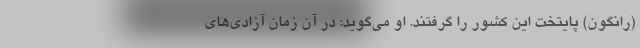
(رانگون) پایتخت این کشور را گرفتند. او می‌گوید: در آن زمان آزادی‌های